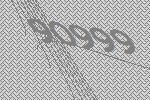
90999